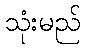
သုံးမည်